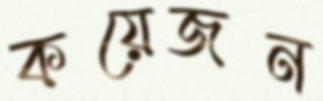
কয়েজন